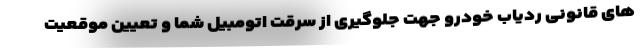
های قانونی ردیاب خودرو جهت جلوگیری از سرقت اتومبیل شما و تعیین موقعیت